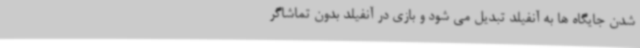
شدن جایگاه ها به آنفیلد تبدیل می شود و بازی در آنفیلد بدون تماشاگر